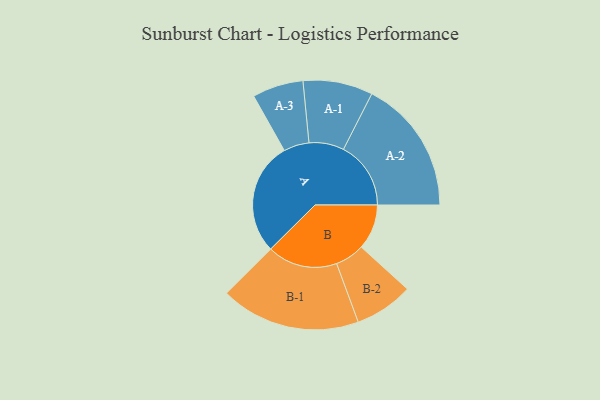
{"axis": {"x": "Segment", "y": "Value"}, "legend": ["", "A", "B"], "data": [{"x": "A", "y": 469, "type": ""}, {"x": "B", "y": 188, "type": ""}, {"x": "A-1", "y": 145, "type": "A"}, {"x": "A-2", "y": 280, "type": "A"}, {"x": "A-3", "y": 106, "type": "A"}, {"x": "B-1", "y": 291, "type": "B"}, {"x": "B-2", "y": 122, "type": "B"}]}